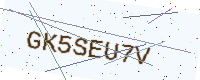
Text: GK5SEU7V